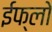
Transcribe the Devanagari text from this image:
ईफ्लो